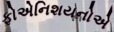
ફોએનિશયનોએ